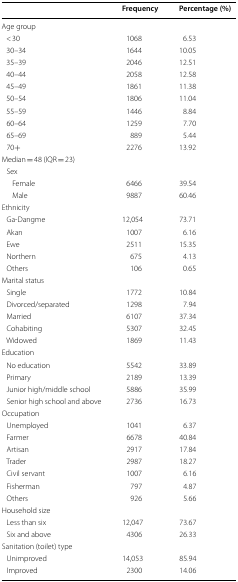
|  | Frequency | Percentage (%) |
 | --- | --- | --- |
 | <COLSPAN=3> Age group |
 | < 30 | 1068 | 6.53 |
 | 30–34 | 1644 | 10.05 |
 | 35–39 | 2046 | 12.51 |
 | 40–44 | 2058 | 12.58 |
 | 45–49 | 1861 | 11.38 |
 | 50–54 | 1806 | 11.04 |
 | 55–59 | 1446 | 8.84 |
 | 60–64 | 1259 | 7.70 |
 | 65–69 | 889 | 5.44 |
 | 70+ | 2276 | 13.92 |
 | <COLSPAN=3> Median = 48 (IQR = 23) |
 | <COLSPAN=3> Sex |
 | Female | 6466 | 39.54 |
 | Male | 9887 | 60.46 |
 | <COLSPAN=3> Ethnicity |
 | Ga-Dangme | 12,054 | 73.71 |
 | Akan | 1007 | 6.16 |
 | Ewe | 2511 | 15.35 |
 | Northern | 675 | 4.13 |
 | Others | 106 | 0.65 |
 | <COLSPAN=3> Marital status |
 | Single | 1772 | 10.84 |
 | Divorced/separated | 1298 | 7.94 |
 | Married | 6107 | 37.34 |
 | Cohabiting | 5307 | 32.45 |
 | Widowed | 1869 | 11.43 |
 | <COLSPAN=3> Education |
 | No education | 5542 | 33.89 |
 | Primary | 2189 | 13.39 |
 | Junior high/middle school | 5886 | 35.99 |
 | Senior high school and above | 2736 | 16.73 |
 | <COLSPAN=3> Occupation |
 | Unemployed | 1041 | 6.37 |
 | Farmer | 6678 | 40.84 |
 | Artisan | 2917 | 17.84 |
 | Trader | 2987 | 18.27 |
 | Civil servant | 1007 | 6.16 |
 | Fisherman | 797 | 4.87 |
 | Others | 926 | 5.66 |
 | <COLSPAN=3> Household size |
 | Less than six | 12,047 | 73.67 |
 | Six and above | 4306 | 26.33 |
 | Sanitation (toilet) type |  |  |
 | Unimproved | 14,053 | 85.94 |
 | Improved | 2300 | 14.06 |